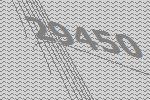
29450